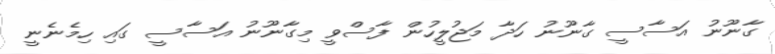
ގާނޫނު އަސާސީ ގާނޫނު ހަދާ މަޖުލީހުން ފާސްވީ މިގާނޫނު އަސާސީ ގައި ހިމެނެނީ